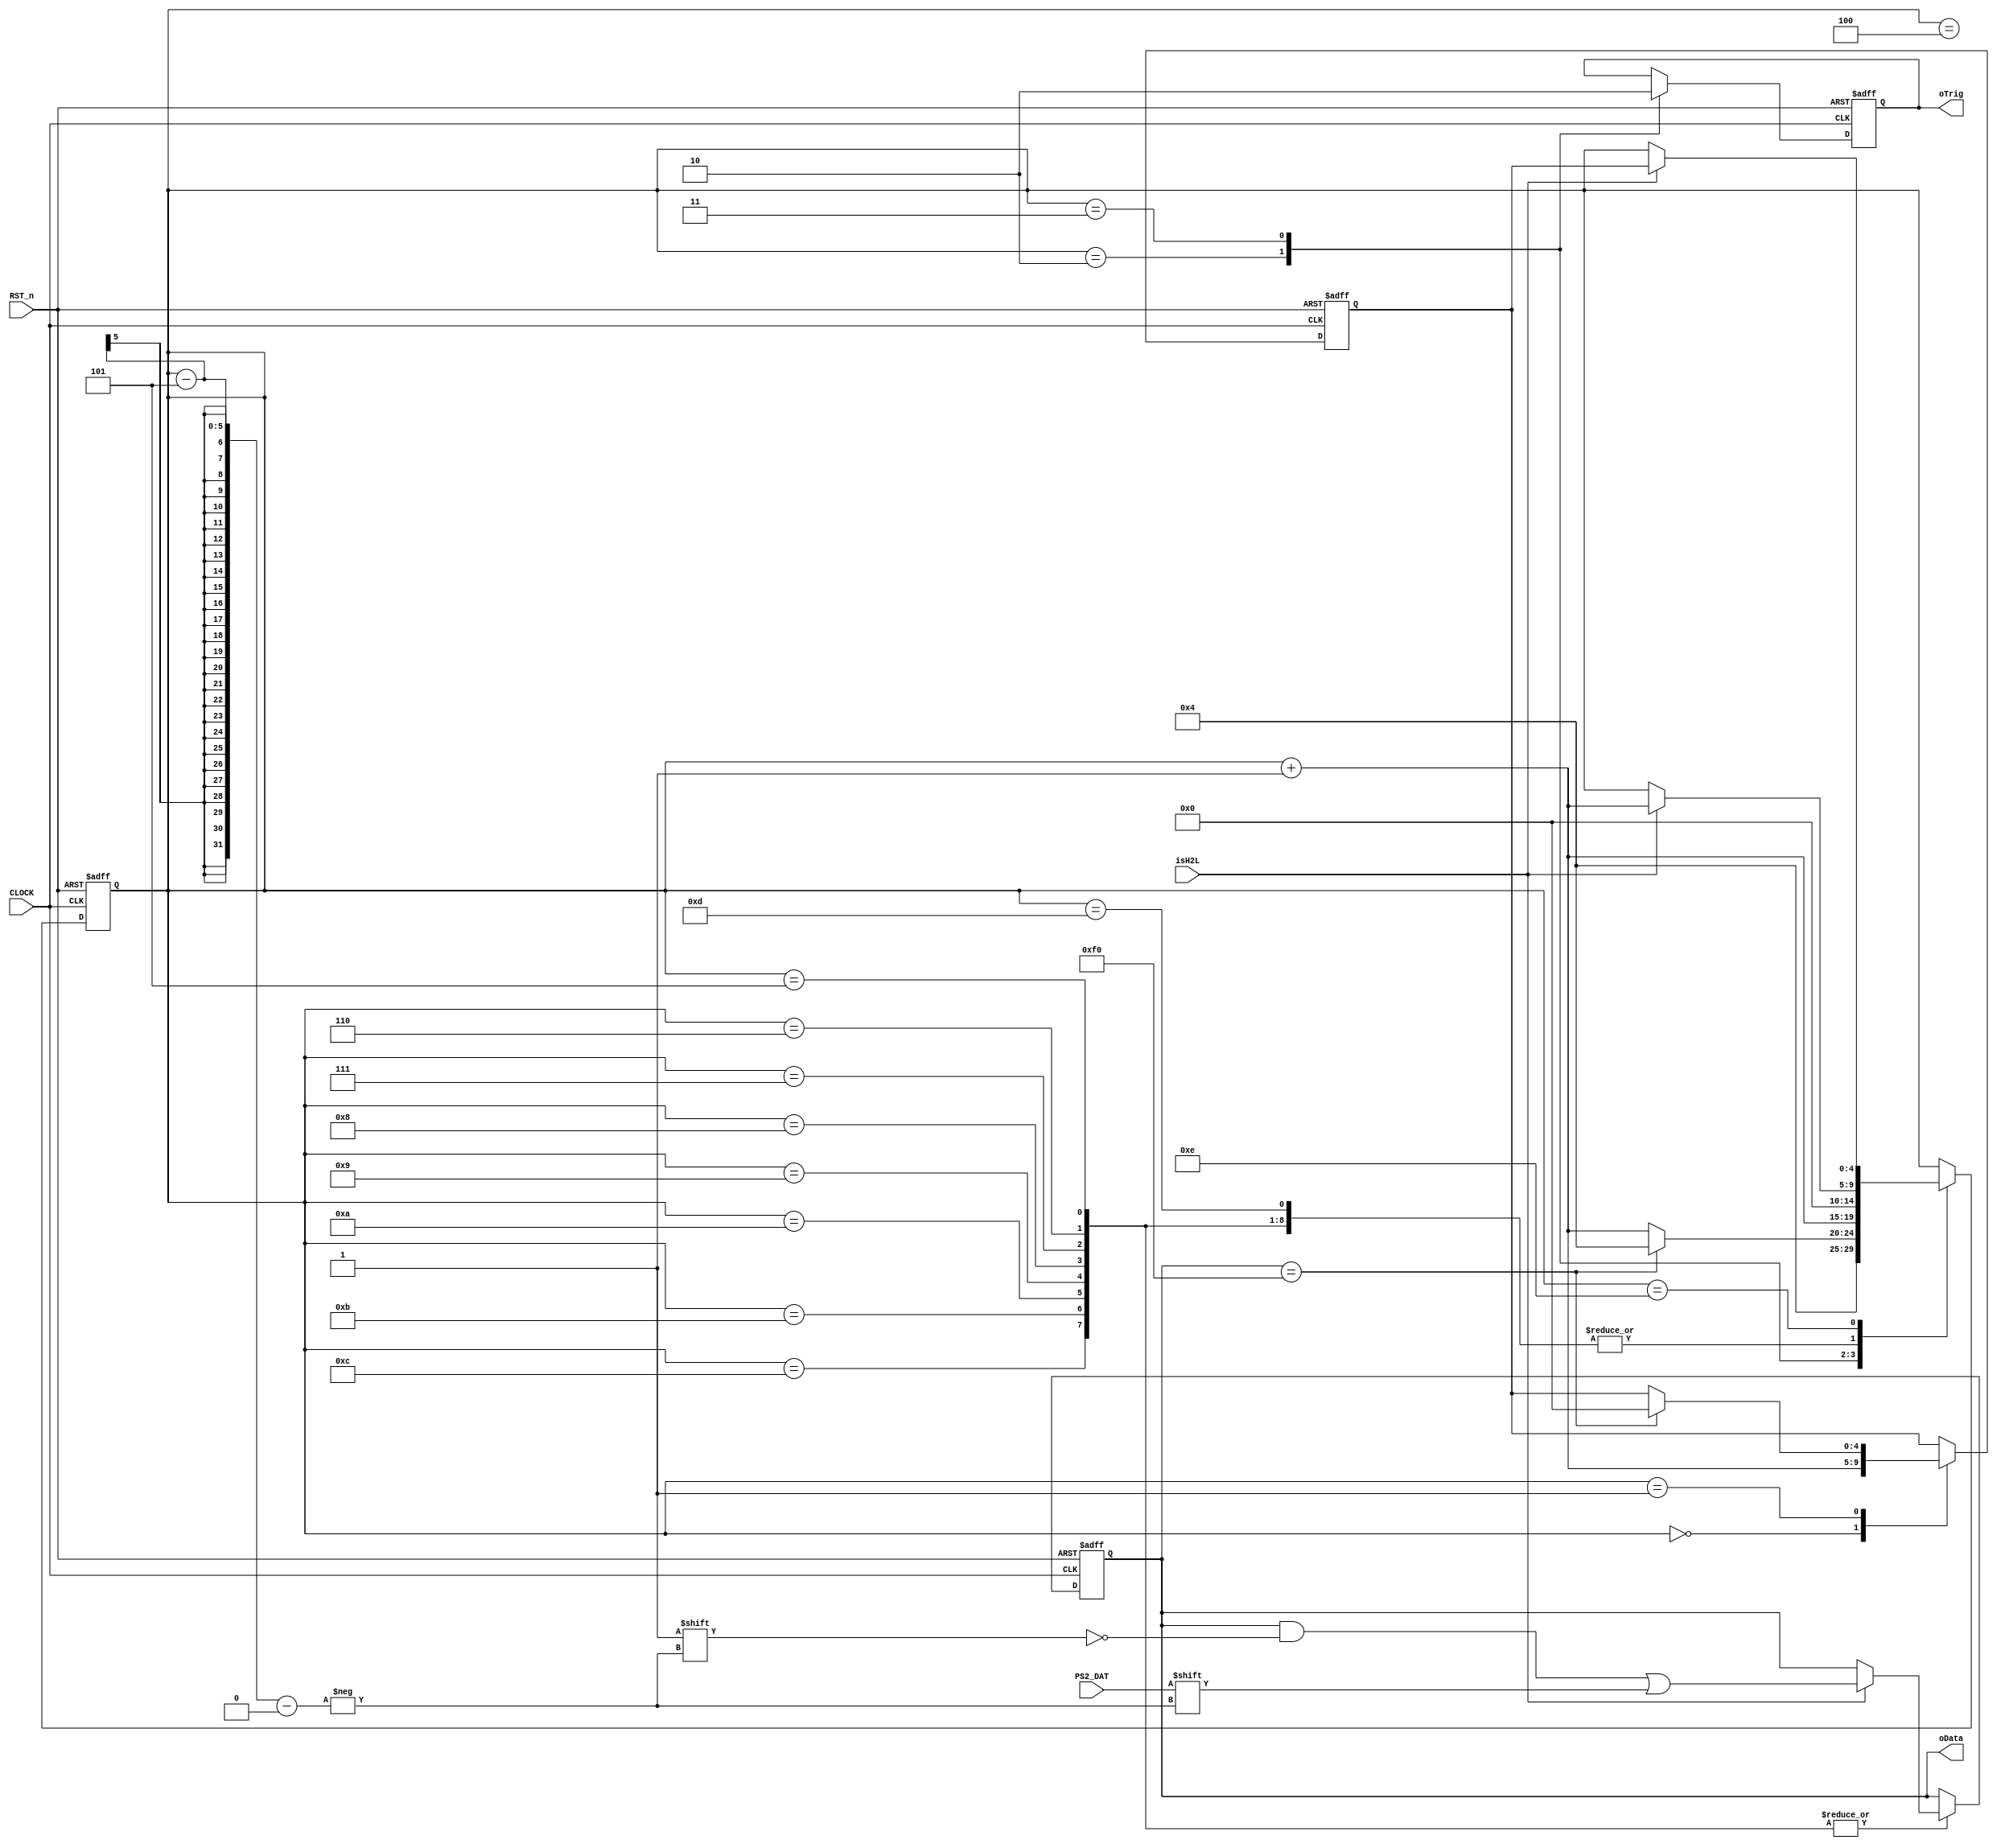
//****************************************************************************//
//# @Author: 
//# @Date:   2019-06-15 00:15:16
//# @Last Modified by:   zlk
//# @WeChat Official Account: OpenFPGA
//# @Last Modified time: 2019-06-15 00:32:45
//# Description: 
//# @Modification History: 2014-05-09 17:16:16
//# Date			    By			   Version			   Change Description: 
//# ========================================================================= #
//# 2014-05-09 17:16:16
//# ========================================================================= #
//# |                                          								| #
//# |                                OpenFPGA     							| #
//****************************************************************************//
module ps2_decode_module
(
    CLOCK, RST_n,
    isH2L,
	PS2_DAT,
	oTrig,
	oData
);
    input CLOCK, RST_n;
    input isH2L;
	 input PS2_DAT;
	 output oTrig;
	 output [7:0]oData;

    parameter BREAK = 8'hF0;
	parameter FF_Read = 5'd4;
	 
	 /******************/ // core

	 reg [7:0]D1;
	 reg [4:0]i,Go;
	 reg isDone;
	 
	 always @ ( posedge CLOCK or negedge RST_n )
	     if( !RST_n )
		      begin
				    D1 <= 8'd0;
					 i <= 5'd0;
					 Go <= 5'd0;
					 isDone <= 1'b0;
				end
		   else
			    case( i )
				 
				     0:
					  begin i <= FF_Read; Go <= i + 1'b1; end
				  
				     1:
					  if( D1 == BREAK ) begin i <= FF_Read; Go <= 5'd0; end
					  else i <= i + 1'b1;
					  
					  2:
					  begin isDone <= 1'b1; i <= i + 1'b1; end
					  
					  3:
					  begin isDone <= 1'b0; i <= 5'd0; end
					  
					  /*************/ // PS2 read function
					  
					  4:  // Start bit
					  if( isH2L ) i <= i + 1'b1; 
					  
					  5,6,7,8,9,10,11,12:  // Data byte
					  if( isH2L ) begin D1[ i-5 ] <= PS2_DAT; i <= i + 1'b1; end
					  
					  13: // Parity bit
					  if( isH2L ) i <= i + 1'b1;
					  
					  14: // Stop bit
					  if( isH2L ) i <= Go;

				 endcase
				 
    /************************************/
	 
	 assign oTrig = isDone;
	 assign oData = D1;
	 
	 /*************************************/
  
endmodule